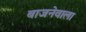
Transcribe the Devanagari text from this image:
बाजनेवाला